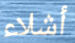
أشلاء